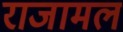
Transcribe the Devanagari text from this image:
राजामल